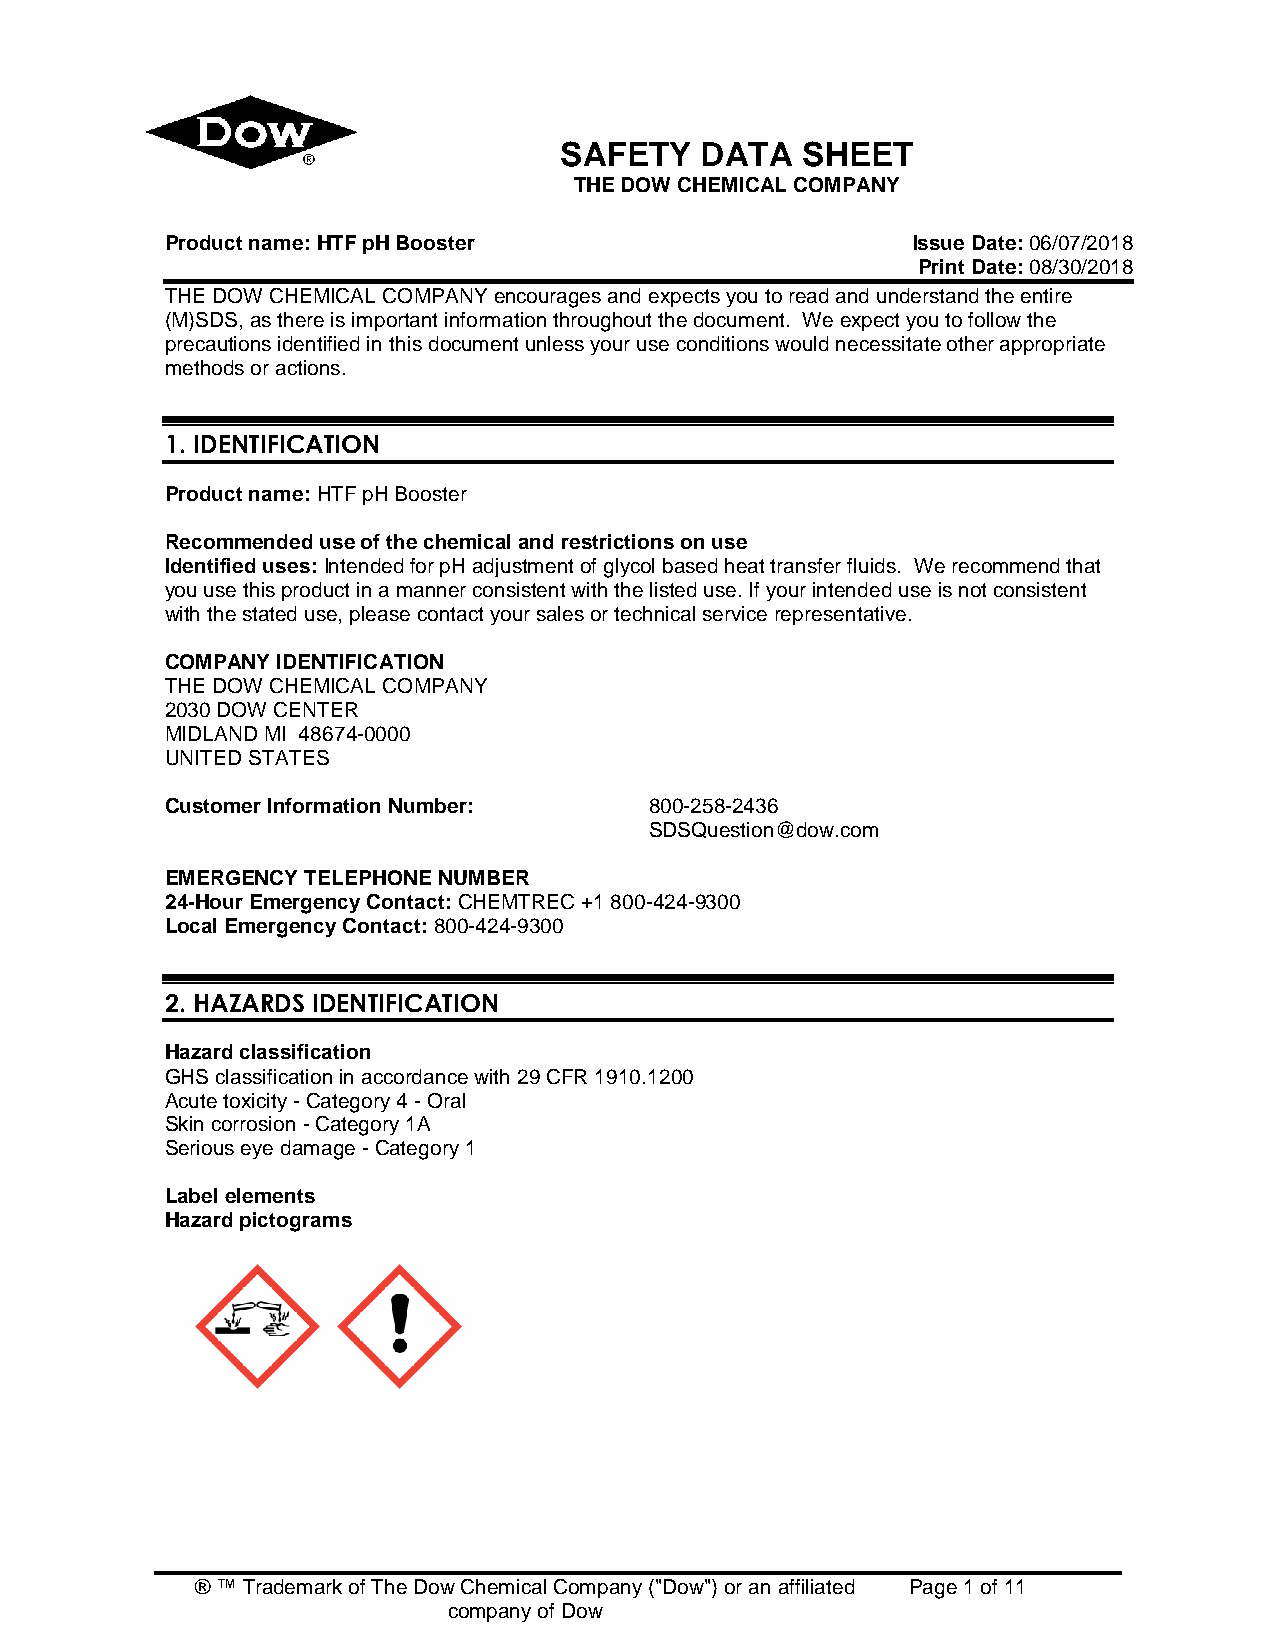
SAFETY   DATA   SHEET
 THE DOW CHEMICAL COMPANY
 Product name: HTF pH Booster                     Issue Date: 06/07/2018
 Print Date: 08/30/2018
 THE DOW CHEMICAL COMPANY encourages and expects you to read and understand the entire
 (M)SDS, as there is important information throughout the document. We expect you to follow the
 precautions identified in this document unless your use conditions would necessitate other appropriate
 methods or actions.
 1. IDENTIFICATION
 Product name: HTF pH Booster
 Recommended use of the chemical and restrictions on use
 Identified uses: Intended for pH adjustment of glycol based heat transfer fluids. We recommend that
 you use this product in a manner consistent with the listed use. If your intended use is not consistent
 with the stated use, please contact your sales or technical service representative.
 COMPANY IDENTIFICATION
 THE DOW CHEMICAL COMPANY
 2030 DOW CENTER
 MIDLAND MI 48674-0000
 UNITED STATES
 Customer Information Number:    800-258-2436
 SDSQuestion@dow.com
 EMERGENCY TELEPHONE NUMBER
 24-Hour Emergency Contact: CHEMTREC +1 800-424-9300
 Local Emergency Contact: 800-424-9300
 2. HAZARDS IDENTIFICATION
 Hazard classification
 GHS classification in accordance with 29 CFR 1910.1200
 Acute toxicity - Category 4 - Oral
 Skin corrosion - Category 1A
 Serious eye damage - Category 1
 Label elements
 Hazard pictograms
 ® ™ Trademark of The Dow Chemical Company ("Dow") or an affiliated Page 1 of 11
 company of Dow